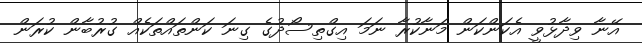
އޭނާ ވިދާޅުވީ އެކަންކަން މަނާކުރާ ނަމަ އިގްތިސޯދުގެ ގިނަ ކަންތައްތަކެއް ގުރުބާން ކުރަން